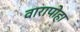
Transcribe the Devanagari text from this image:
वारापोहा